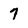
Character: 7